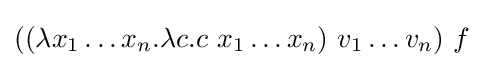
((\lambda x_{1}\ldots x_{n}.\lambda c.c\ x_{1}\ldots x_{n})\ v_{1}\ldots v_{n})\ f